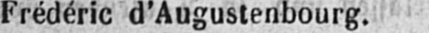
Frédéric d’Augustenbourg.